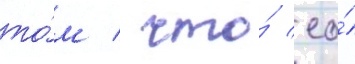
то́м / что́ ео́